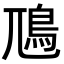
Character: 䲫